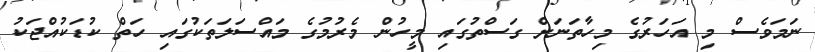
ނަމަވެސް މި އަހަރުގެ މިހާތަނަށް ގަސްތުގައި މީހުން މެރުމުގެ މައްސަލަތަކުގައި ހަތް ކުޑަކުއްޖަކު